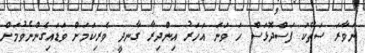
ނަވާރަ ސަތޭކަ ފަސްދޮޅަސް ހަ ވަނަ އަހަރު އިންދިރާ ގާނދީ ވެރިކަމަށް ވަޑައިގެންނެވުމަށް